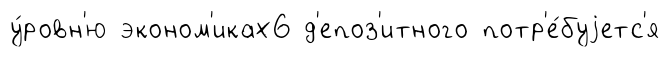
у́ровн'ю эконом'иках6 д'епоз'итного потр'е́буjетс'я